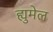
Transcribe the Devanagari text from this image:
ह्युमेल